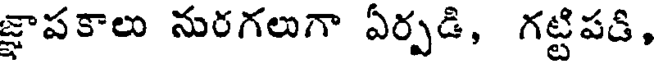
జ్ఞాపకాలు నురగలుగా ఏర్పడి, గట్టిపడి,